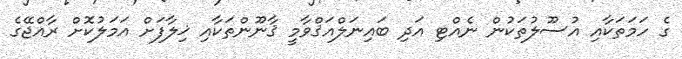
ގެ ހަމަތަކާއި އުސޫލުތަކުން ނެއްޓި އަދި ބައިނަލްއަޤްވާމީ ޤާނޫންތަކާއި ޚިލާފަށް އަމަލުކޮށް ރާއްޖޭގެ